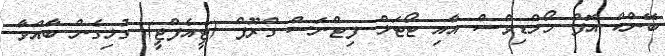
ބޭންކް އޮފް މޯލްޑިވްސް އާއި ޓޯޓަލް ފިޓްނަސް ގްރޫޕް (ޓީއެފްޖީ) ގުޅިގެން ބާއްވާ